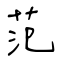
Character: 范